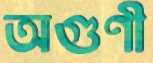
অগুণী